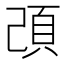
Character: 䪱